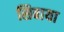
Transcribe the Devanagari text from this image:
सिबाया